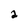
Character: 2